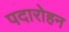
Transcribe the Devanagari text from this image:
पदारोहन